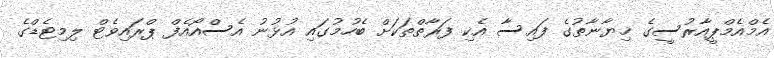
އެމްއެމްޕީއާރުސީގެ ޚިޔާނާތުގެ ފައިސާ އެކި ފަރާތްތަކަށް ބެހުމުގައި އުޅުނު އެސްއޯއެފް ޕްރައިވެޓް ލިމިޓެޑްގެ